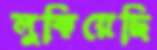
লুকিয়েছি